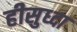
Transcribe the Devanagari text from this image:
हीसुध्दा